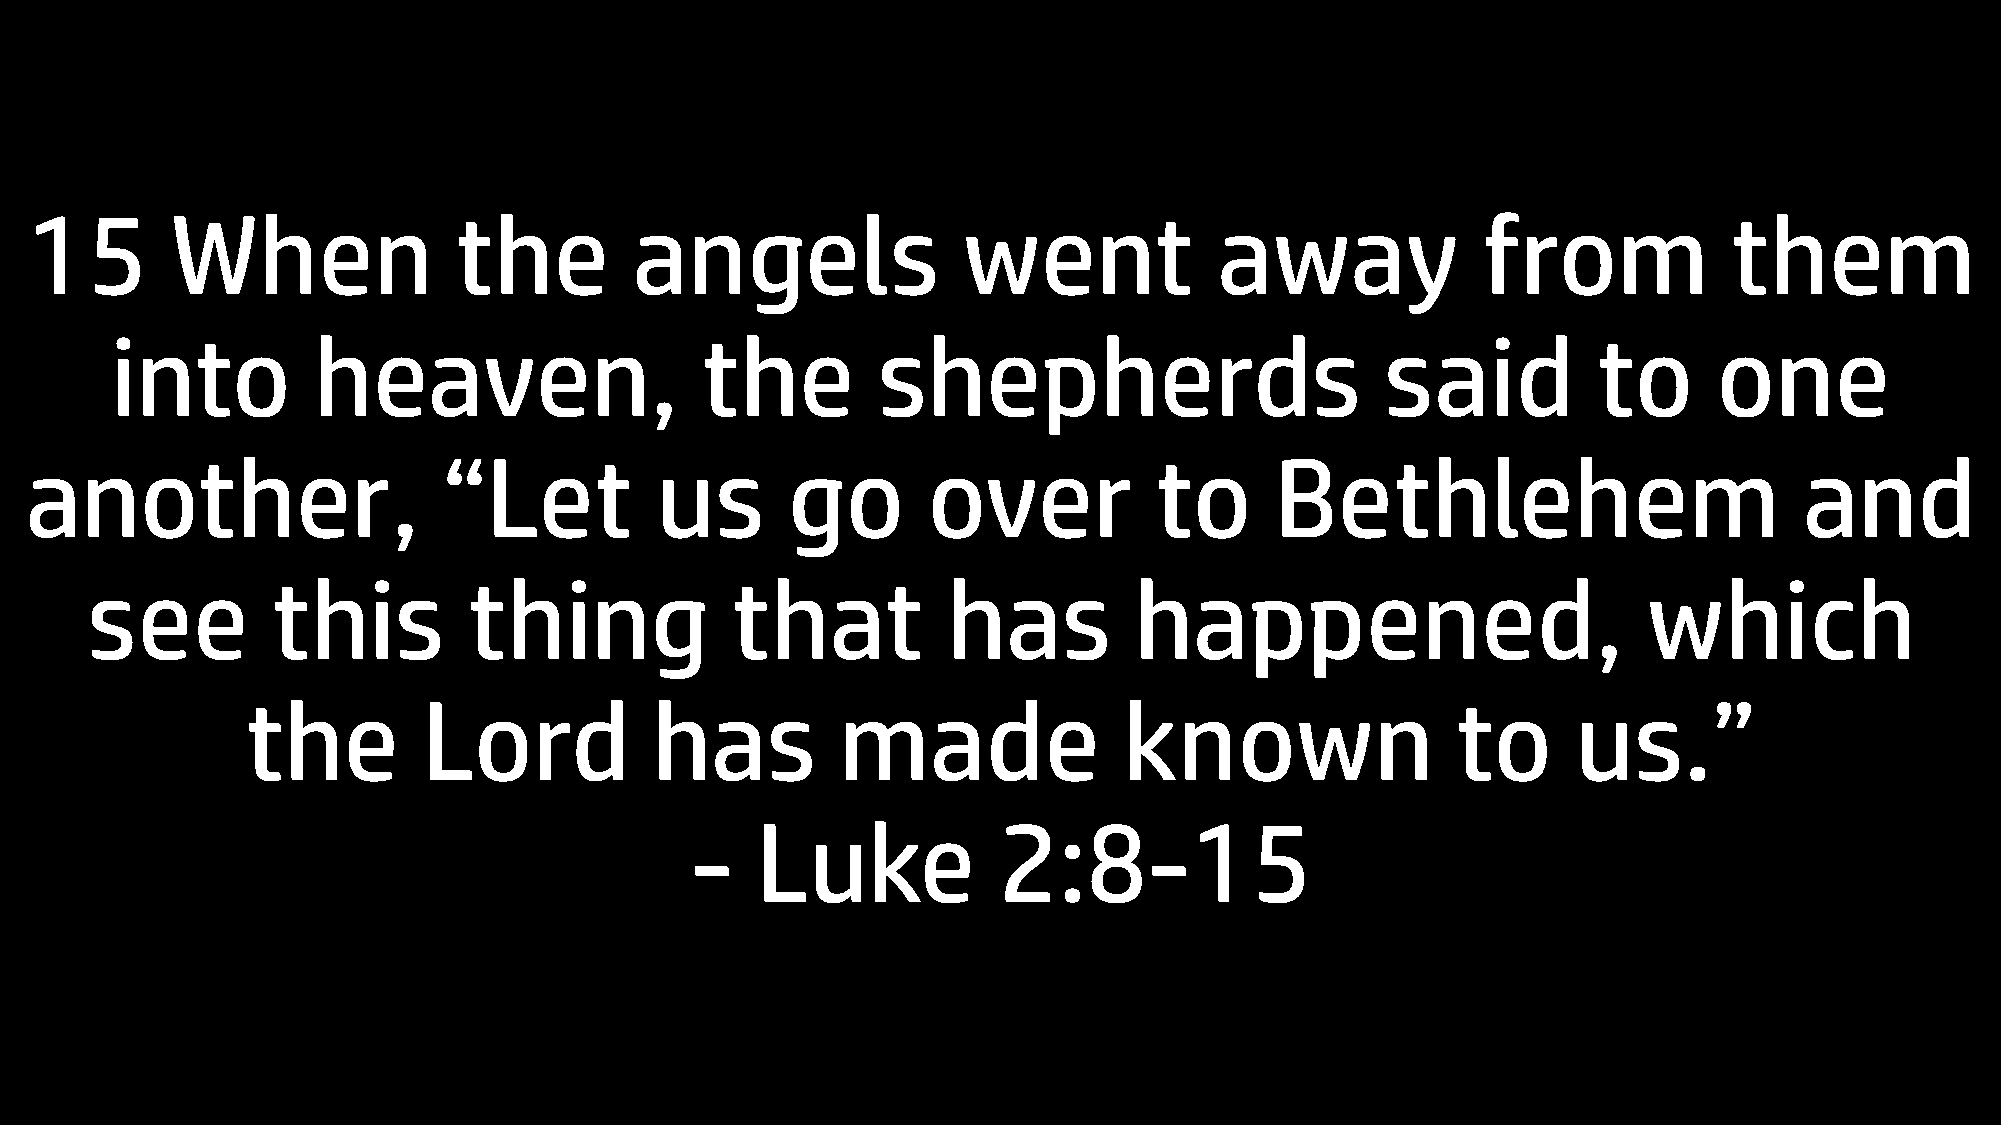
15       When               the         angels                went             away             from             them
 into          heaven,                  the         shepherds                         said          to      one
 another,                   “Let          us       go       over           to      Bethlehem                          and
 see         this         thing            that           has         happened,                         which
 the         Lord           has          made              known                 to      us.”
 -   Luke            2:8-15